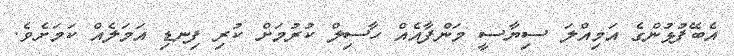
އެބޭފުޅުންގެ އަމިއްލަ ސިޔާސީ މަންފާއެއް ހާސިލް ކުރުމަށް ކުރި ފިނޑި އަމަލެއް ކަމަށެެވެ.